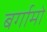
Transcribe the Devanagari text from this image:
बर्गामो